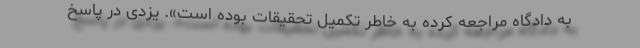
به دادگاه مراجعه کرده به خاطر تکمیل تحقیقات بوده است». یزدی در پاسخ